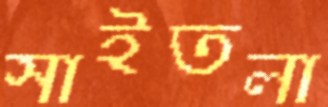
সাইতলা